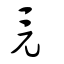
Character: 竟